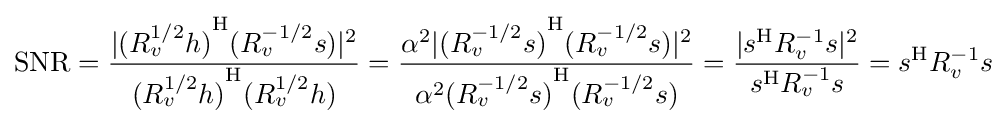
\mathrm {SNR} ={\frac {|{(R_{v}^{1/2}h)}^{\mathrm {H} }(R_{v}^{-1/2}s)|^{2}}{{(R_{v}^{1/2}h)}^{\mathrm {H} }(R_{v}^{1/2}h)}}={\frac {\alpha ^{2}|{(R_{v}^{-1/2}s)}^{\mathrm {H} }(R_{v}^{-1/2}s)|^{2}}{\alpha ^{2}{(R_{v}^{-1/2}s)}^{\mathrm {H} }(R_{v}^{-1/2}s)}}={\frac {|s^{\mathrm {H} }R_{v}^{-1}s|^{2}}{s^{\mathrm {H} }R_{v}^{-1}s}}=s^{\mathrm {H} }R_{v}^{-1}s